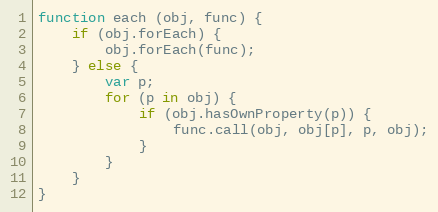
Language: JavaScript
function each (obj, func) {
    if (obj.forEach) {
        obj.forEach(func);
    } else {
        var p;
        for (p in obj) {
            if (obj.hasOwnProperty(p)) {
                func.call(obj, obj[p], p, obj);
            }
        }
    }
}